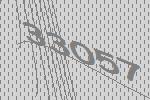
33057